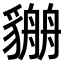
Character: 𧴏